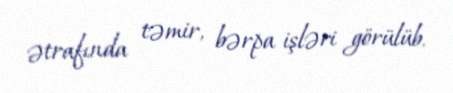
ətrafında təmir, bərpa işləri görülüb.